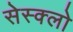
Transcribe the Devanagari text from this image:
सेस्क्लो